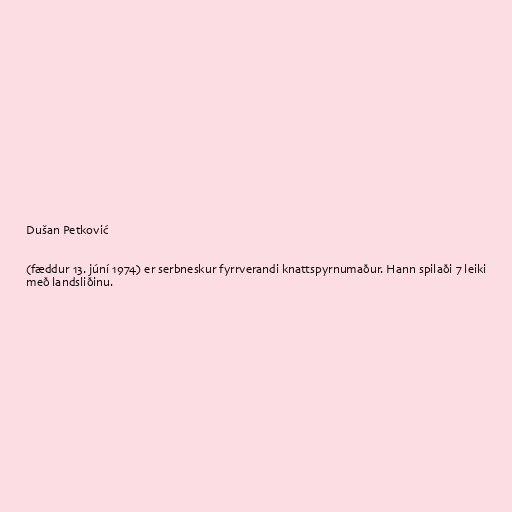
Dušan Petković

(fæddur 13. júní 1974) er serbneskur fyrrverandi knattspyrnumaður. Hann spilaði 7 leiki
með landsliðinu.